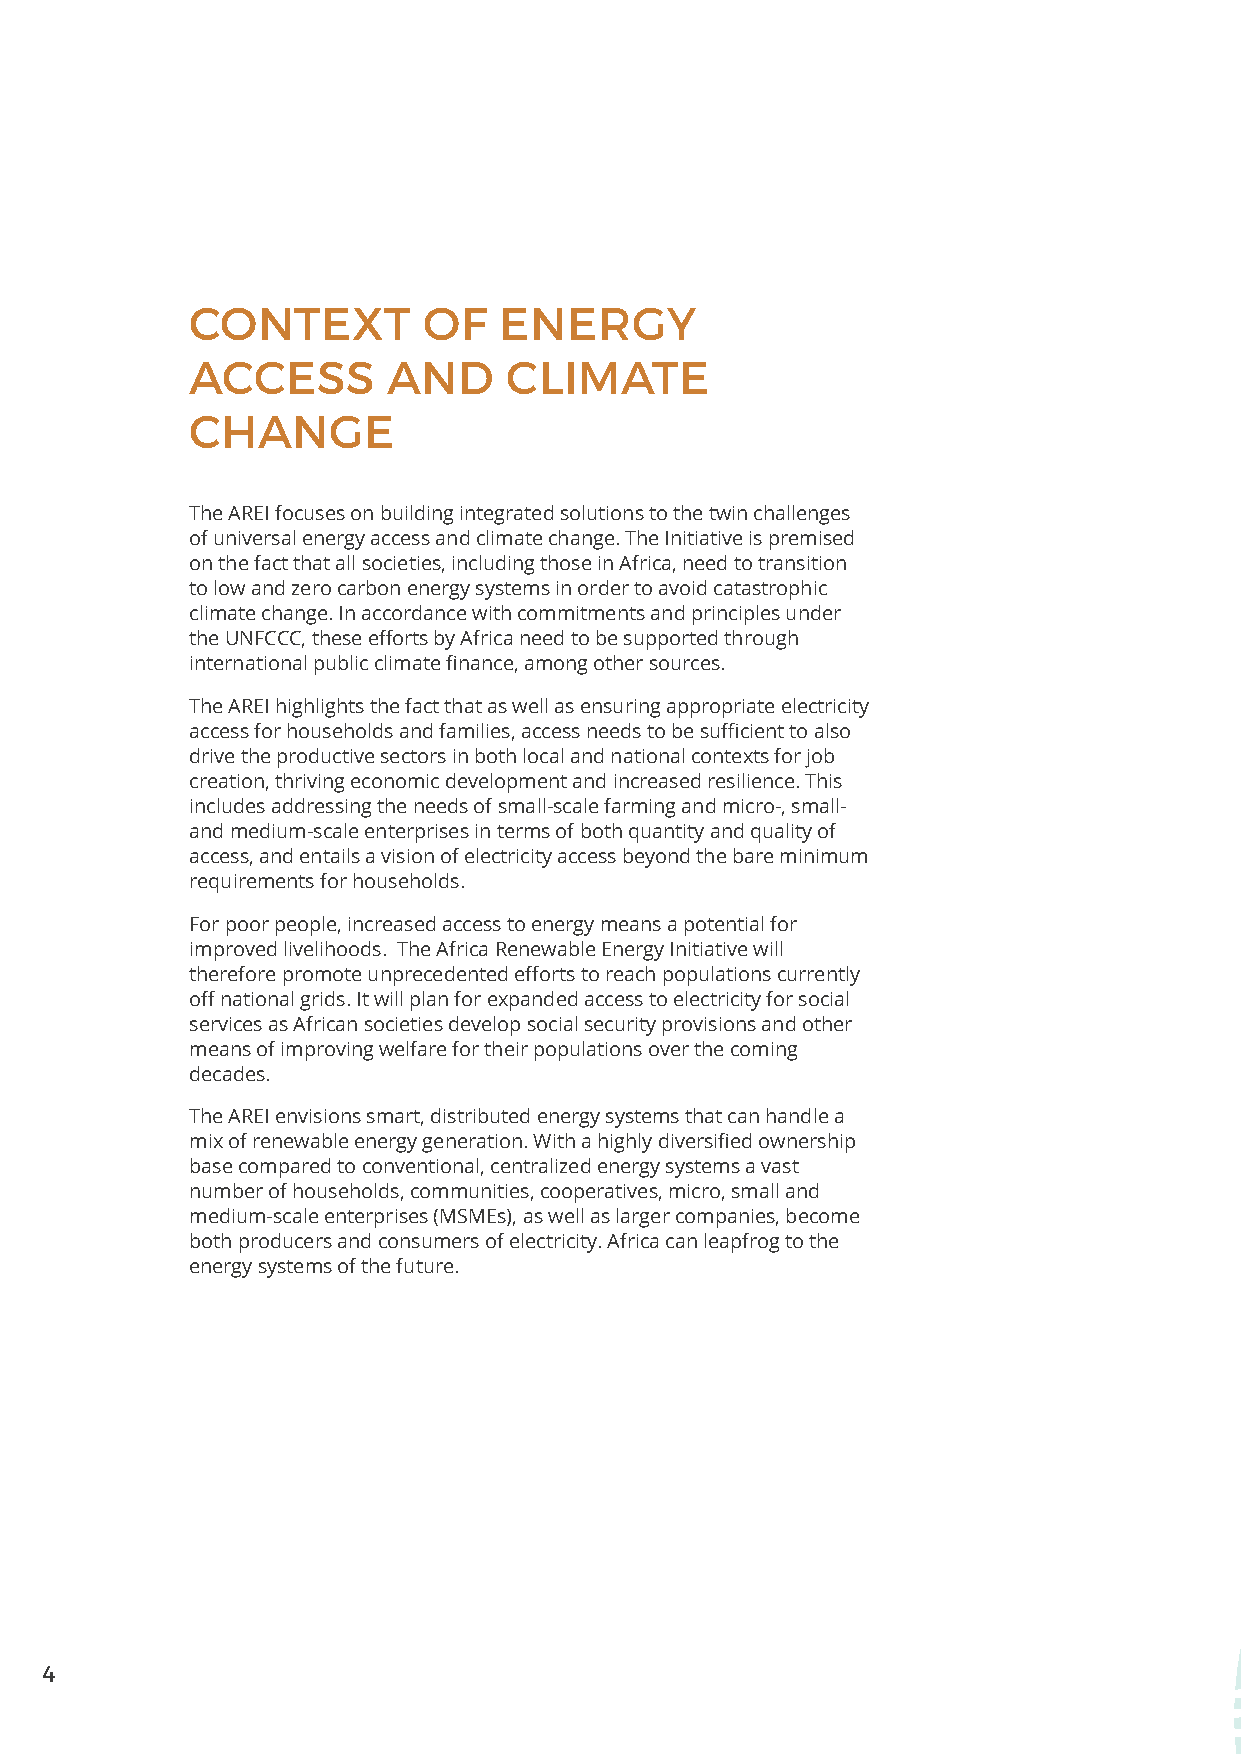
CONTEXT        OF   ENERGY
 ACCESS       AND    CLIMATE
 CHANGE
 The AREI focuses on building integrated solutions to the twin challenges
 of universal energy access and climate change. The Initiative is premised
 on the fact that all societies, including those in Africa, need to transition
 to low and zero carbon energy systems in order to avoid catastrophic
 climate change. In accordance with commitments and principles under
 the UNFCCC, these efforts by Africa need to be supported through
 international public climate finance, among other sources.
 The AREI highlights the fact that as well as ensuring appropriate electricity
 access for households and families, access needs to be sufficient to also
 drive the productive sectors in both local and national contexts for job
 creation, thriving economic development and increased resilience. This
 includes addressing the needs of small-scale farming and micro-, small-
 and medium-scale enterprises in terms of both quantity and quality of
 access, and entails a vision of electricity access beyond the bare minimum
 requirements for households.
 For poor people, increased access to energy means a potential for
 improved livelihoods. The Africa Renewable Energy Initiative will
 therefore promote unprecedented efforts to reach populations currently
 off national grids. It will plan for expanded access to electricity for social
 services as African societies develop social security provisions and other
 means of improving welfare for their populations over the coming
 decades.
 The AREI envisions smart, distributed energy systems that can handle a
 mix of renewable energy generation. With a highly diversified ownership
 base compared to conventional, centralized energy systems a vast
 number of households, communities, cooperatives, micro, small and
 medium-scale enterprises (MSMEs), as well as larger companies, become
 both producers and consumers of electricity. Africa can leapfrog to the
 energy systems of the future.
 4